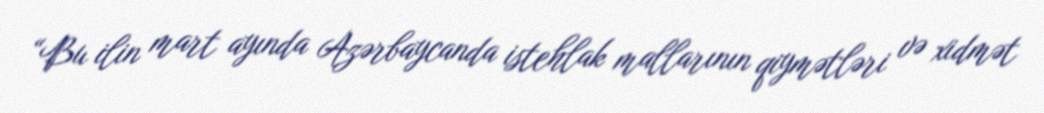
“Bu ilin mart ayında Azərbaycanda istehlak mallarının qiymətləri və xidmət